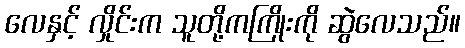
လေနှင့် လှိုင်းက သူတို့ကကြိုးကို ဆွဲလေသည်။